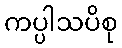
ကပ္ပါသပိစု